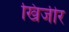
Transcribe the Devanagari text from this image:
खिजीर